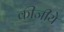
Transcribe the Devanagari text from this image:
कीजीये